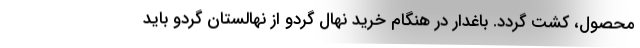
محصول، کشت گردد. باغدار در هنگام خرید نهال گردو از نهالستان گردو باید